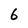
Character: 6